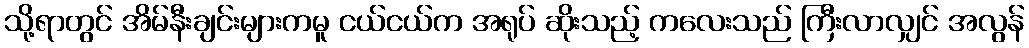
သို့ရာတွင် အိမ်နီးချင်းများကမူ ငယ်ငယ်က အရုပ် ဆိုးသည့် ကလေးသည် ကြီးလာလျှင် အလွန်